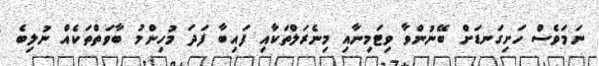
ނަމަވެސް ހަށިގަނޑަށް ބޭނުންވާ ވިޓަމިނާއި މިނެރަލްތަކާއި ފައިބާ ފަދަ މުހިންމު ބާވަތްތަކެއް ނުލިބެ